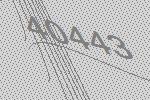
40443